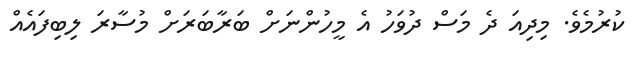
ކުރުމެވެ. މިދިއަ ދެ މަސް ދުވަހު އެ މީހުންނަށް ބަރާބަރަށް މުސާރަ ލިބިފައެއް